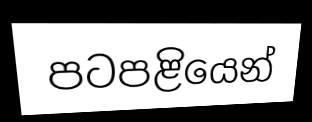
පටපළියෙන්